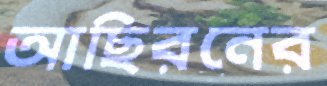
আছিরনের